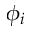
\phi _ { i }